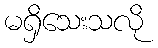
မရှိသေးသလို